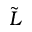
\tilde { L }